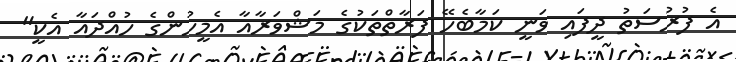
އެ ފުރުސަތު ދީފައި ވަނީ ކަމާބެހޭ ފަރާތްތަކުގެ މަޝްވަރާއާ އެމީހުންގެ ހުއްދައާ އެކީ"